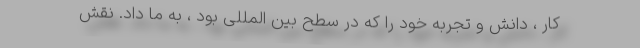
کار ، دانش و تجربه خود را که در سطح بین المللی بود ، به ما داد. نقش